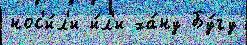
нос'и́л'и и́л'и ха́ну Бу́гу